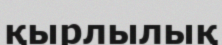
қырлылық